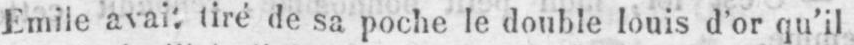
tiré de sa poche le double louis d’or qu’il